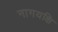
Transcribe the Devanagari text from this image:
नागयक्षि